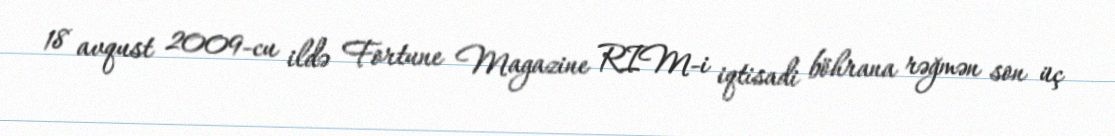
18 avqust 2009-cu ildə Fortune Magazine RIM-i iqtisadi böhrana rəğmən son üç